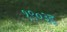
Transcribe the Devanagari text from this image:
१९०३इ